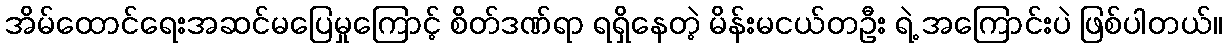
အိမ်ထောင်ရေးအဆင်မပြေမှုကြောင့် စိတ်ဒဏ်ရာ ရရှိနေတဲ့ မိန်းမငယ်တဦး ရဲ့ အကြောင်းပဲ ဖြစ်ပါတယ်။